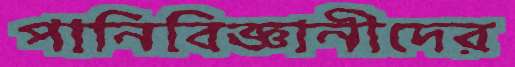
পানিবিজ্ঞানীদের